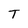
Character: T